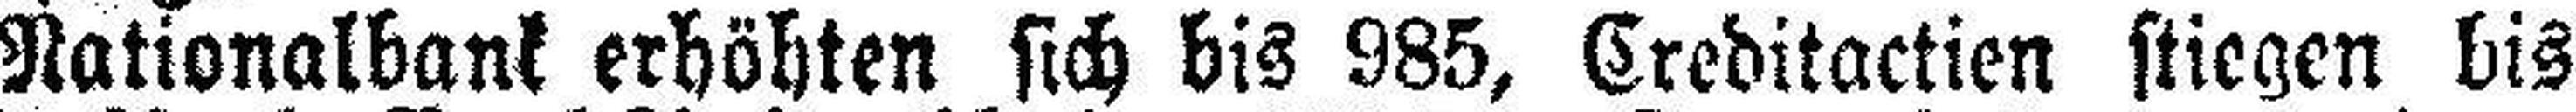
Nationalbank erhöhten sich bis 985, Creditactien stiegen bis